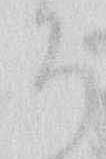
そ